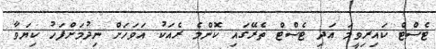
ޓެސްޓް ކައިރިވީމަ އަދި ޓެސްޓް ތެރޭގައި ކޮންމެ ރެއަކު އަވަހަށް ނިދުމަށްފަހު ކިޔަވާ